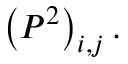
\left( P ^ { 2 } \right) _ { i , j } .